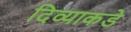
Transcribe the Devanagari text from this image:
दिव्याकडे